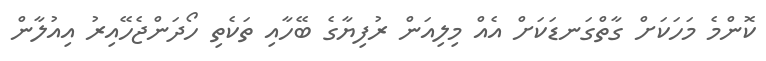
ކޮންމެ މަހަކަށް ގާތްގަނޑަކަށް އެއް މިލިއަން ރުފިޔާގެ ބޭހާއި ތަކެތި ހޯދަންޖެހޭއިރު އިއުލާން